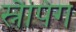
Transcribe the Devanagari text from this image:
स्नैपिंग